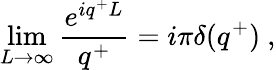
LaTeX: \operatorname*{lim}_{L\rightarrow\infty}\frac{e^{iq^{+}L}}{q^{+}}=i\pi\delta(q^{+})\ ,